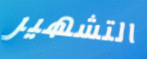
التشهير